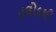
તલોદથી